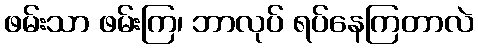
ဖမ်းသာ ဖမ်းကြ၊ ဘာလုပ် ရပ်နေကြတာလဲ